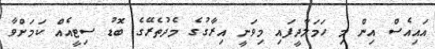
އައިއެސް އިން މި ހަމަލާދީފައި މިވަނީ އިރާގުގެ މެދުތެރޭގެ ބޮޑު ސިޓީއެއް ކަމަށްވާ